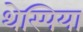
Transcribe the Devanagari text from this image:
थेस्पिया